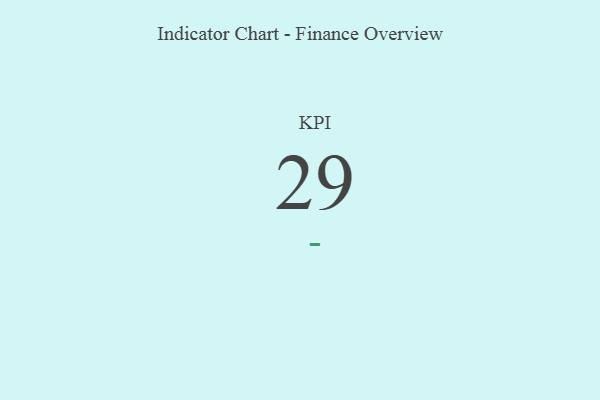
{"axis": {"x": "KPI", "y": "Value"}, "legend": [""], "data": [{"x": "KPI", "y": 29, "type": ""}]}